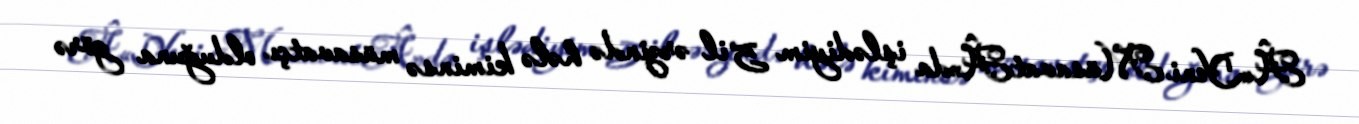
Â«Yeni MüsavatÂ»da işlədiyim 5 il ərzində hələ kiminsə müsavatçı olduğuna görə